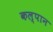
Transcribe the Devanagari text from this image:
कल्पान